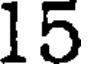
15